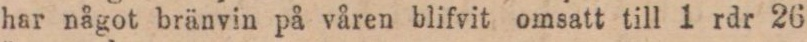
har något bränvin på våren blifvit omsatt till 1 rdr 26